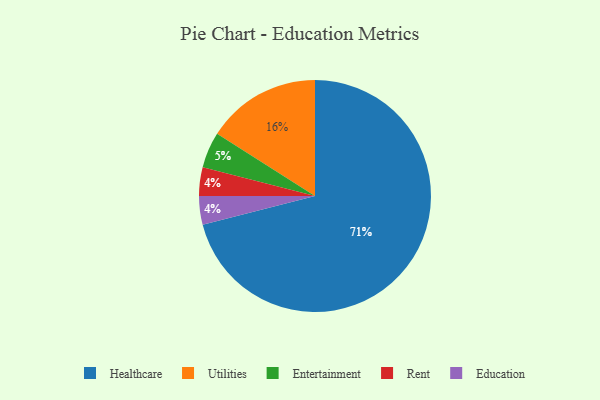
{"axis": {"x": "Category", "y": "Percentage"}, "legend": ["Education", "Entertainment", "Healthcare", "Rent", "Utilities"], "data": [{"x": "Rent", "y": 4, "type": "Rent"}, {"x": "Healthcare", "y": 71, "type": "Healthcare"}, {"x": "Education", "y": 4, "type": "Education"}, {"x": "Entertainment", "y": 5, "type": "Entertainment"}, {"x": "Utilities", "y": 16, "type": "Utilities"}]}